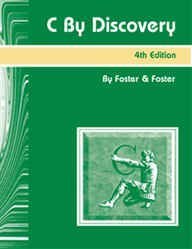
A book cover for C By Discovery (4th Edition); W. D. Foster; Computers & Technology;